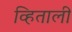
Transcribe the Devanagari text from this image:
व्हिताली